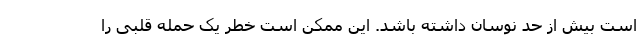
است بیش از حد نوسان داشته باشد. این ممکن است خطر یک حمله قلبی را